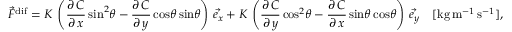
\vec { F } ^ { \mathrm { d i f } } = K \, \left( \frac { \partial \, C } { \partial \, x } \, \mathrm { s i n } ^ { 2 } \theta - \frac { \partial \, C } { \partial \, y } \, \mathrm { c o s } \theta \, \mathrm { s i n } \theta \right) \, \vec { e _ { x } } + K \, \left( \frac { \partial \, C } { \partial \, y } \, \mathrm { c o s } ^ { 2 } \theta - \frac { \partial \, C } { \partial \, x } \, \mathrm { s i n } \theta \, \mathrm { c o s } \theta \right) \, \vec { e _ { y } } \quad [ \mathrm { k g } \, \mathrm { m } ^ { - 1 } \, \mathrm { s } ^ { - 1 } ] ,